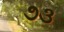
૭૩